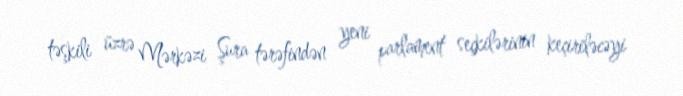
təşkili üzrə Mərkəzi Şura tərəfindən yeni parlament seçkilərinin keçiriləcəyi